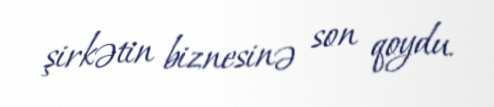
şirkətin biznesinə son qoydu.